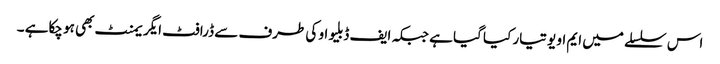
اس سلسلے میں ایم او یو تیار کیا گیا ہے جبکہ ایف ڈبلیو او کی طرف سے ڈرافٹ ایگر یمنٹ بھی ہو چکاہے ۔